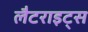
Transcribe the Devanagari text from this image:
लैटराइट्स